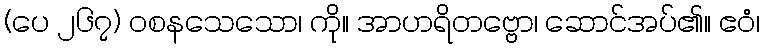
(ပေ ၂၆၇) ဝစနသေသော၊ ကို။ အာဟရိတဗ္ဗော၊ ဆောင်အပ်၏။ ဧဝံ၊